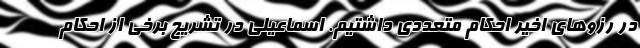
در رزوهای اخیر احکام متعددی داشتیم. اسماعیلی در تشریح برخی از احکام